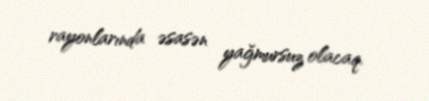
rayonlarında əsasən yağmursuz olacaq.